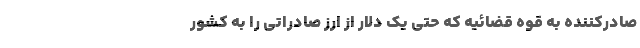
صادرکننده به قوه قضائیه که حتی یک دلار از ارز صادراتی را به کشور